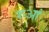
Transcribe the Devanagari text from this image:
रुआं